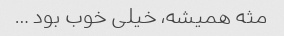
مثه همیشه، خیلی خوب بود …